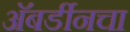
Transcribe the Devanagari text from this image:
अॅबर्डीनचा